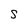
Character: S